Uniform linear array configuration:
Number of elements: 16
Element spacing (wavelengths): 0.25
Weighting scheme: cosine
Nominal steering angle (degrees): -15
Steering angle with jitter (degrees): -14.427
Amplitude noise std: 0.05
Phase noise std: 0.05

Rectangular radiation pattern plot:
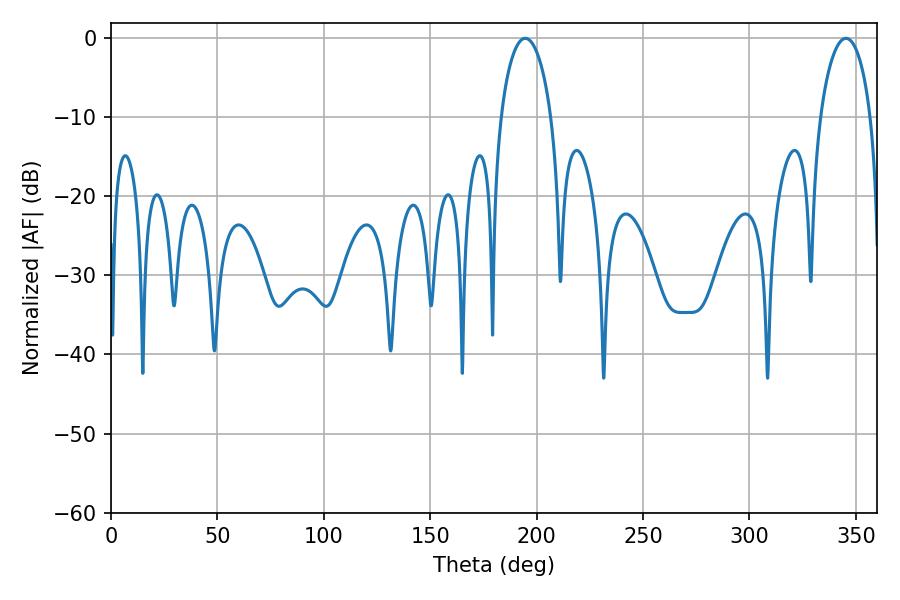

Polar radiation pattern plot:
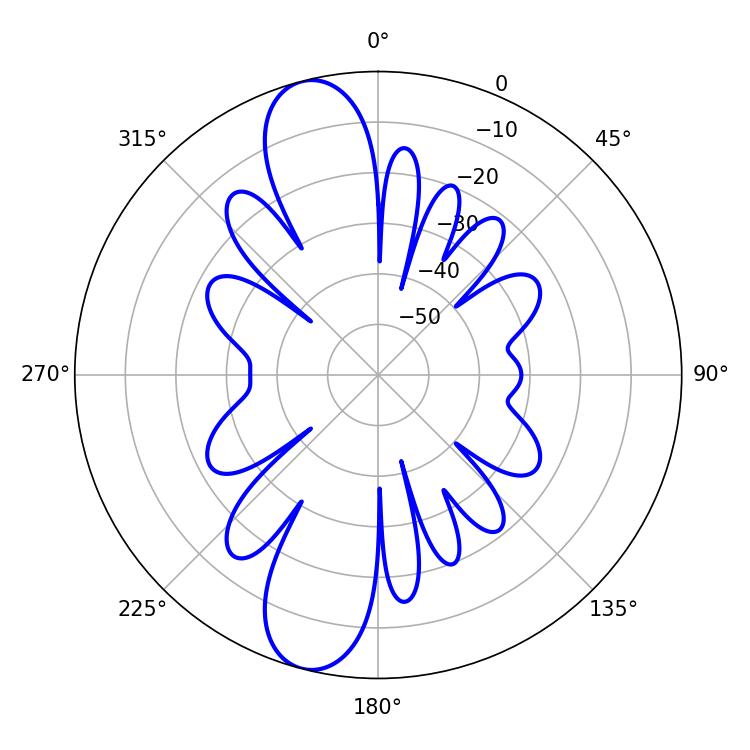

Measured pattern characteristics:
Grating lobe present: FALSE
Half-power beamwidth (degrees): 13.68
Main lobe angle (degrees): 194.58